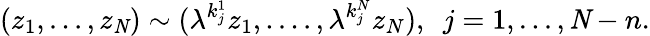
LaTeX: (z_{1},...,z_{\mathit N})\sim({\lambda}^{k_{j}^{1}}z_{1},....,{\lambda}^{k_{j}^{N}}z_{N}),\, \, \, j=1,...,{\mathit N}-n.